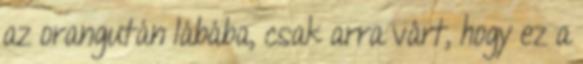
az orangután lábába, csak arra várt, hogy ez a